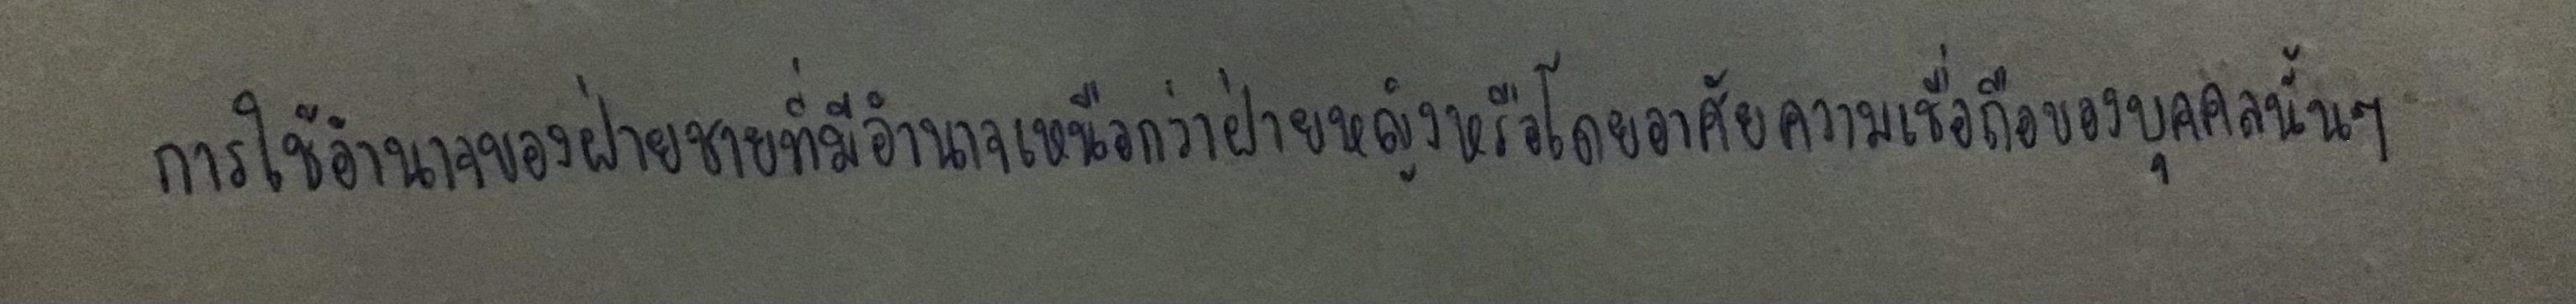
การใช้อำนาจของฝ่ายชายที่มีอำนาจเหนือกว่าฝ่ายหญิงหรือโดยอาศัยความเชื่อถือของบุคคลนั้นๆ